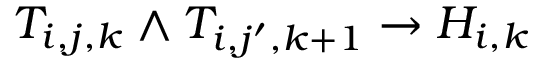
T _ { i , j , k } \land T _ { i , j ^ { \prime } , k + 1 } \rightarrow H _ { i , k }